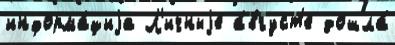
информа́циjа Л'ичныjе а́вгуст'е дошла́